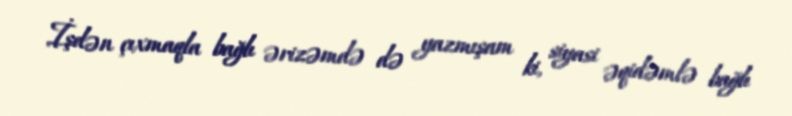
İşdən çıxmaqla bağlı ərizəmdə də yazmışam ki, siyasi əqidəmlə bağlı